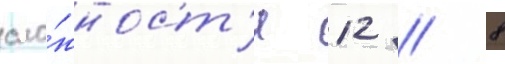
сло́жност'и 12 / 8